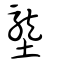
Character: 壟